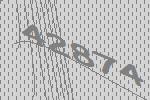
42874